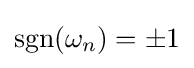
\operatorname {sgn}(\omega _{n})=\pm 1